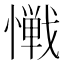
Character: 𱟎